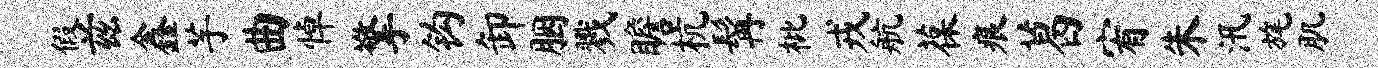
假兹鑫芋曲悼擎钩卸胭戮瞻杭髯枇戎航葆痕葛宥朱汛旄肌